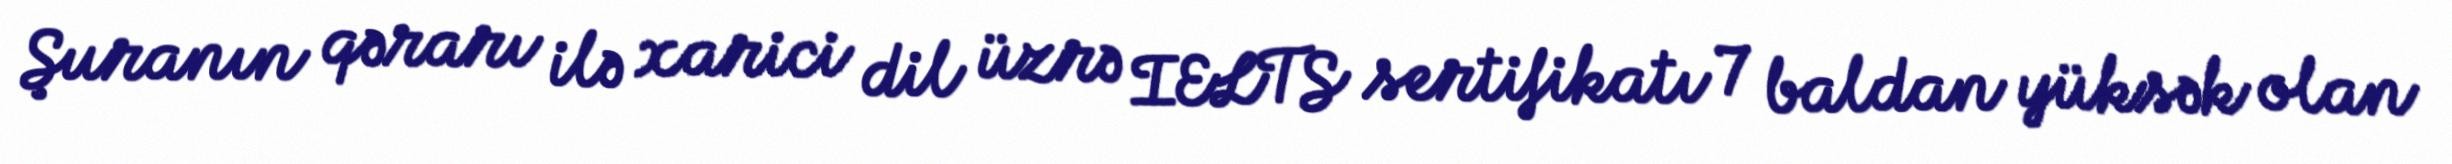
Şuranın qərarı ilə xarici dil üzrə IELTS sertifikatı 7 baldan yüksək olan